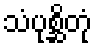
သံပုစ္ဆိတုံ